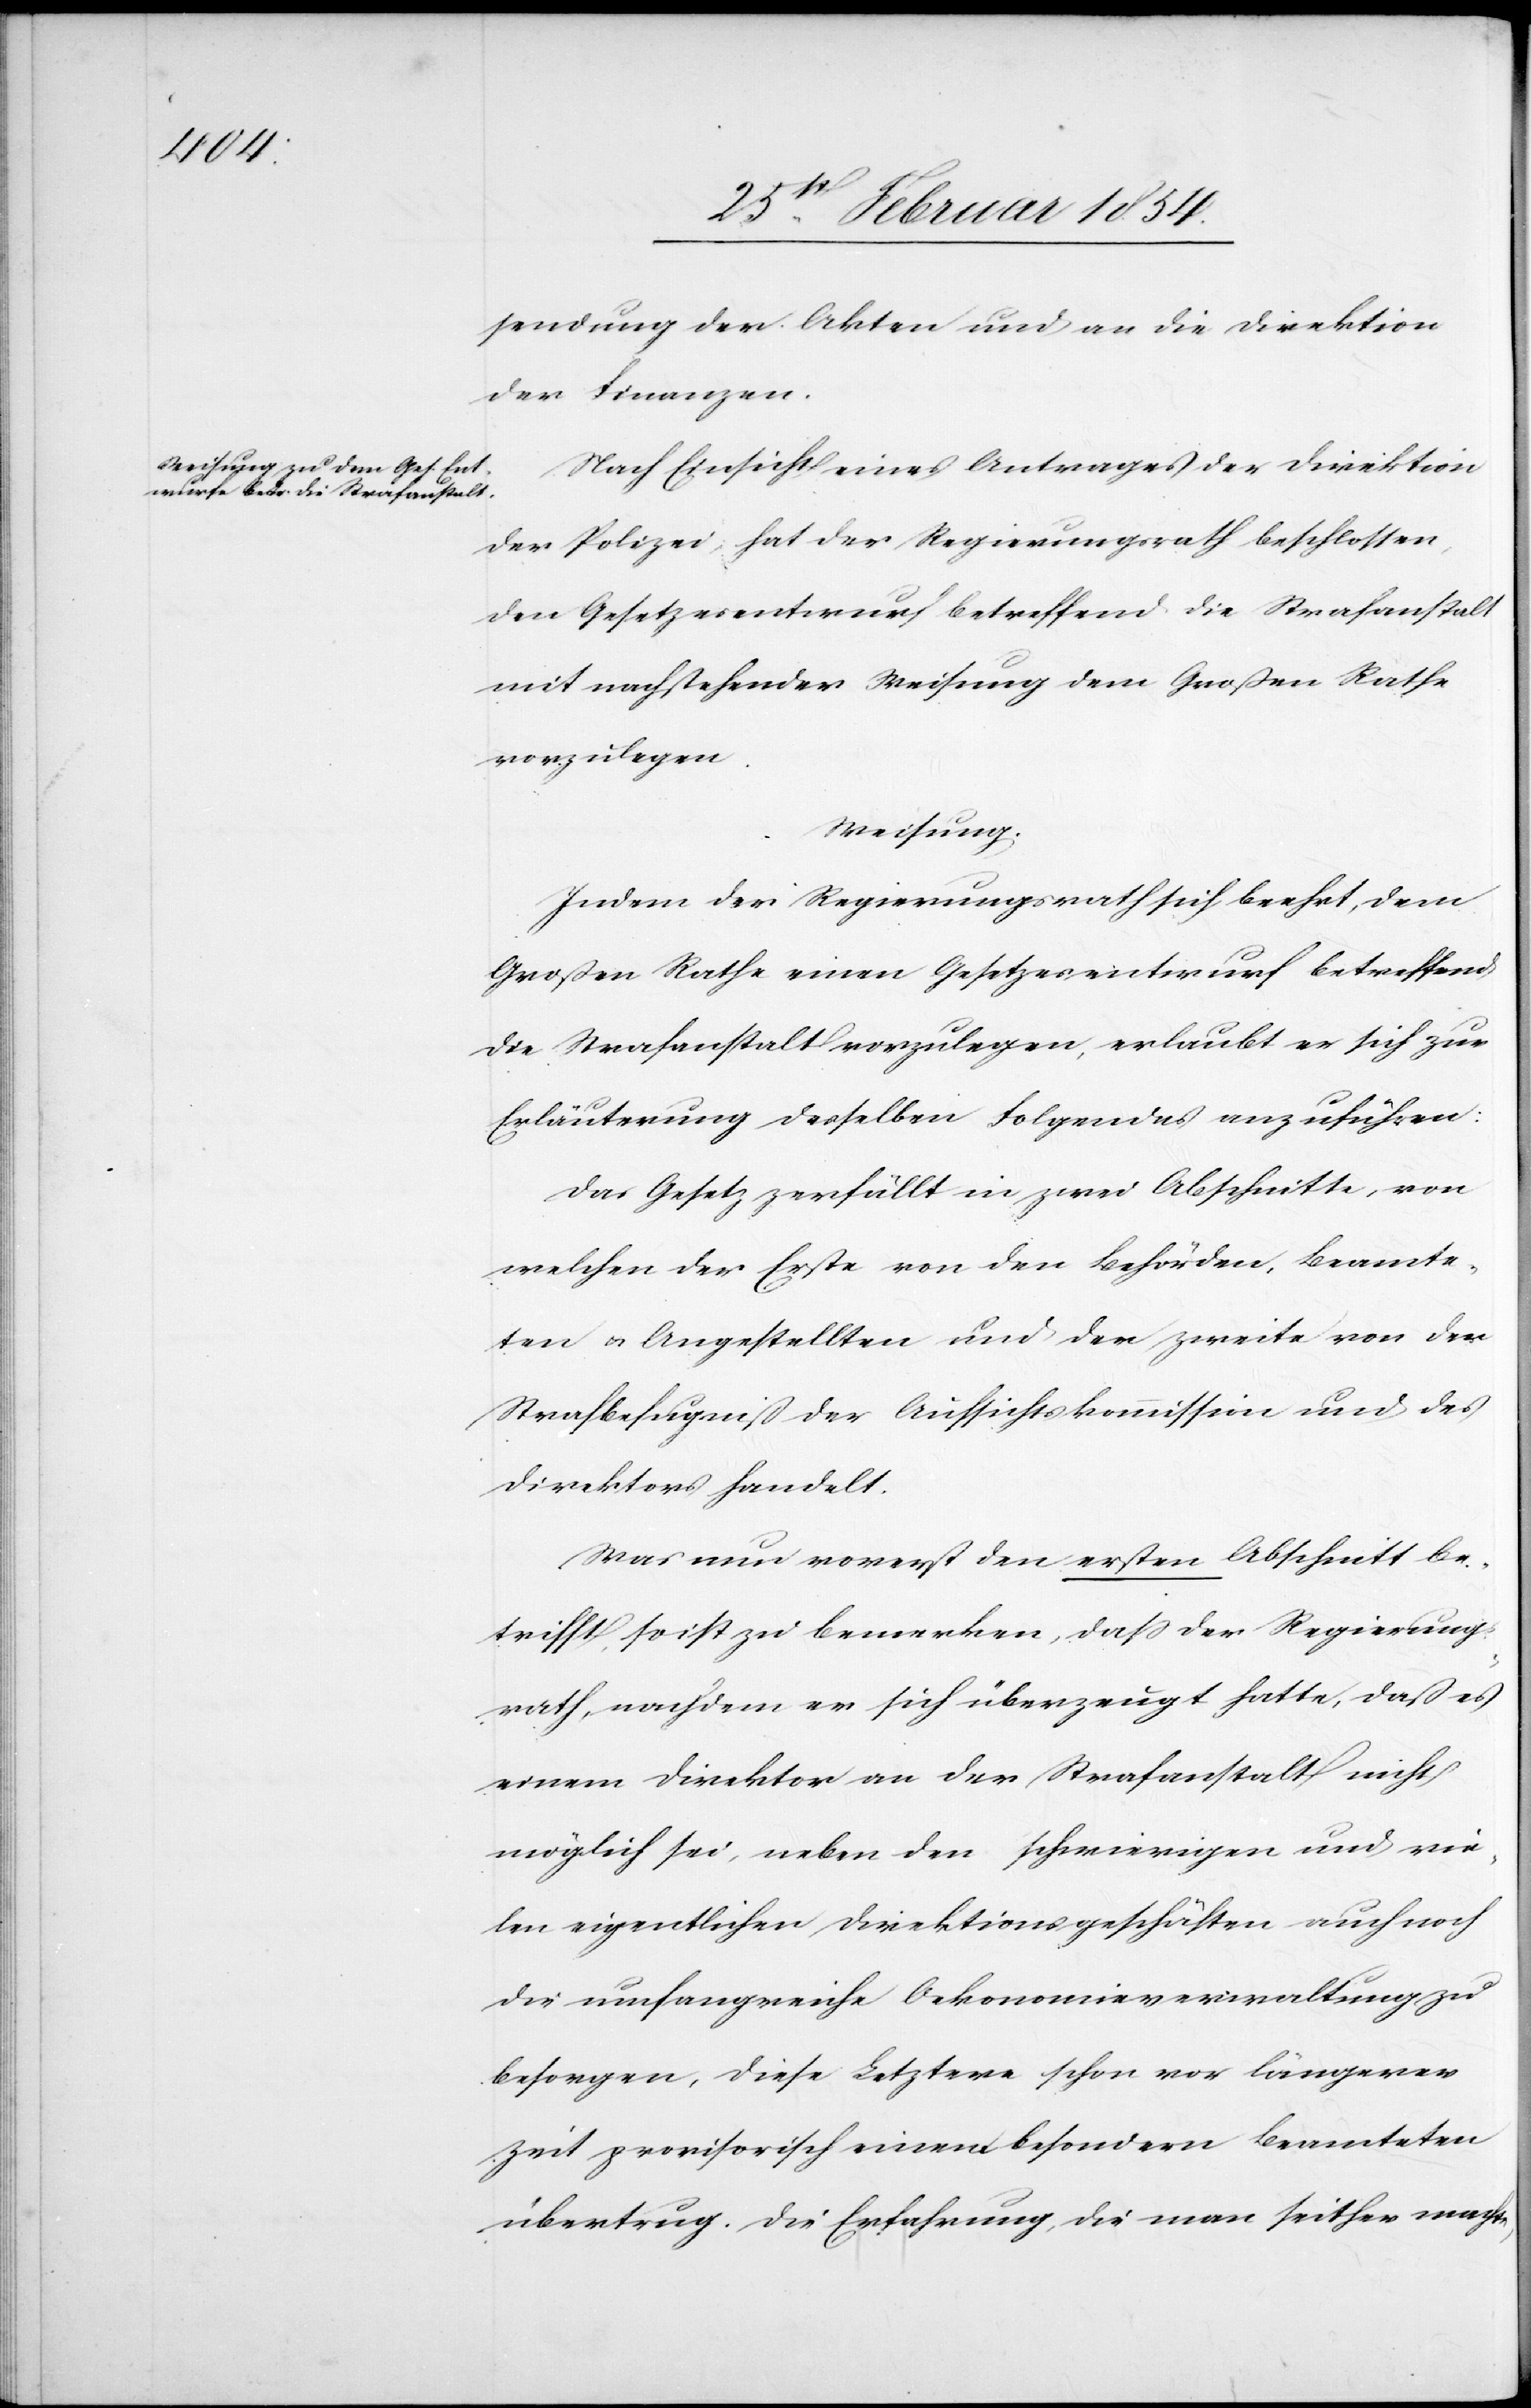
sendung der Akten und an die Direktion
der Finanzen.
Nach Einsicht eines Antrages der Direktion
der Polizei, hat der Regierungsrath beschlossen,
den Gesetzesentwurf betreffend die Strafanstalt
mit nachstehender Weisung dem Großen Rathe
vorzulegen.
Weisung.
Indem der Regierungsrath sich beehrt, dem
Großen Rathe einen Gesetzesentwurf betreffend
die Strafanstalt vorzulegen, erlaubt er sich zur
Erläuterung desselben Folgendes anzuführen:
Das Gesetz zerfällt in zwei Abschnitte, von
welchen der Erste von den Behörden, Beamte¬
ten u. Angestellten und der zweite von der
Strafbefugniß der Aufsichtskommission und des
Direktors handelt.
Was nun vorerst den ersten Abschnitt be¬
trifft, so ist zu bemerken, daß der Regierungs¬
rath, nachdem er sich überzeugt hatte, daß es
einem Direktor an der Strafanstalt nicht
möglich sei, neben den schwierigen und vie¬
len eigentlichen Direktionsgeschäften auch noch
die umfangreiche Oekonomieverwaltung zu
besorgen, diese Letztere schon vor längerer
Zeit provisorisch einem besondern Beamteten
übertrug. Die Erfahrung, die man seither machte,